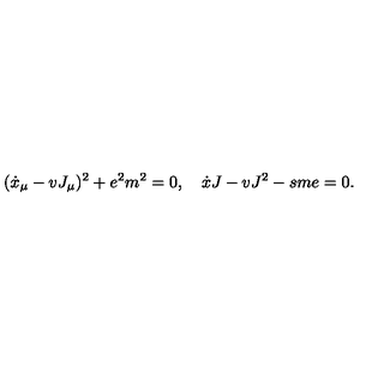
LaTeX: ( \dot { x } _ { \mu } - v J _ { \mu } ) ^ { 2 } + e ^ { 2 } m ^ { 2 } = 0 , \quad \dot { x } J - v J ^ { 2 } - s m e = 0 .